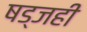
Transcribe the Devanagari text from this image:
षड्जही